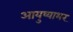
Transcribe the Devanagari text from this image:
आयुष्याभर